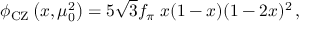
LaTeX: \phi _ { \mathrm { C Z } } \left( x , \mu _ { 0 } ^ { 2 } \right) = 5 \sqrt { 3 } f _ { \pi } \; x ( 1 - x ) ( 1 - 2 x ) ^ { 2 } \, ,